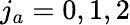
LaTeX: {j_{a}}=0,1,2